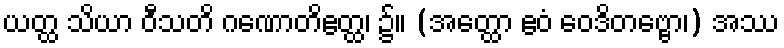
ယတ္ထ သိယာ ဝီသတိ ဂဏောတိဧတ္ထ၊ ၌။ (အတ္ထော ဧဝံ ဝေဒိတဗ္ဗော၊) အဿ